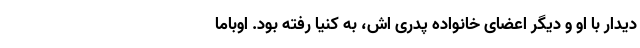
دیدار با او و دیگر اعضای خانواده پدری اش، به کنیا رفته بود. اوباما